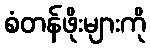
စံတန်ဖိုးများကို